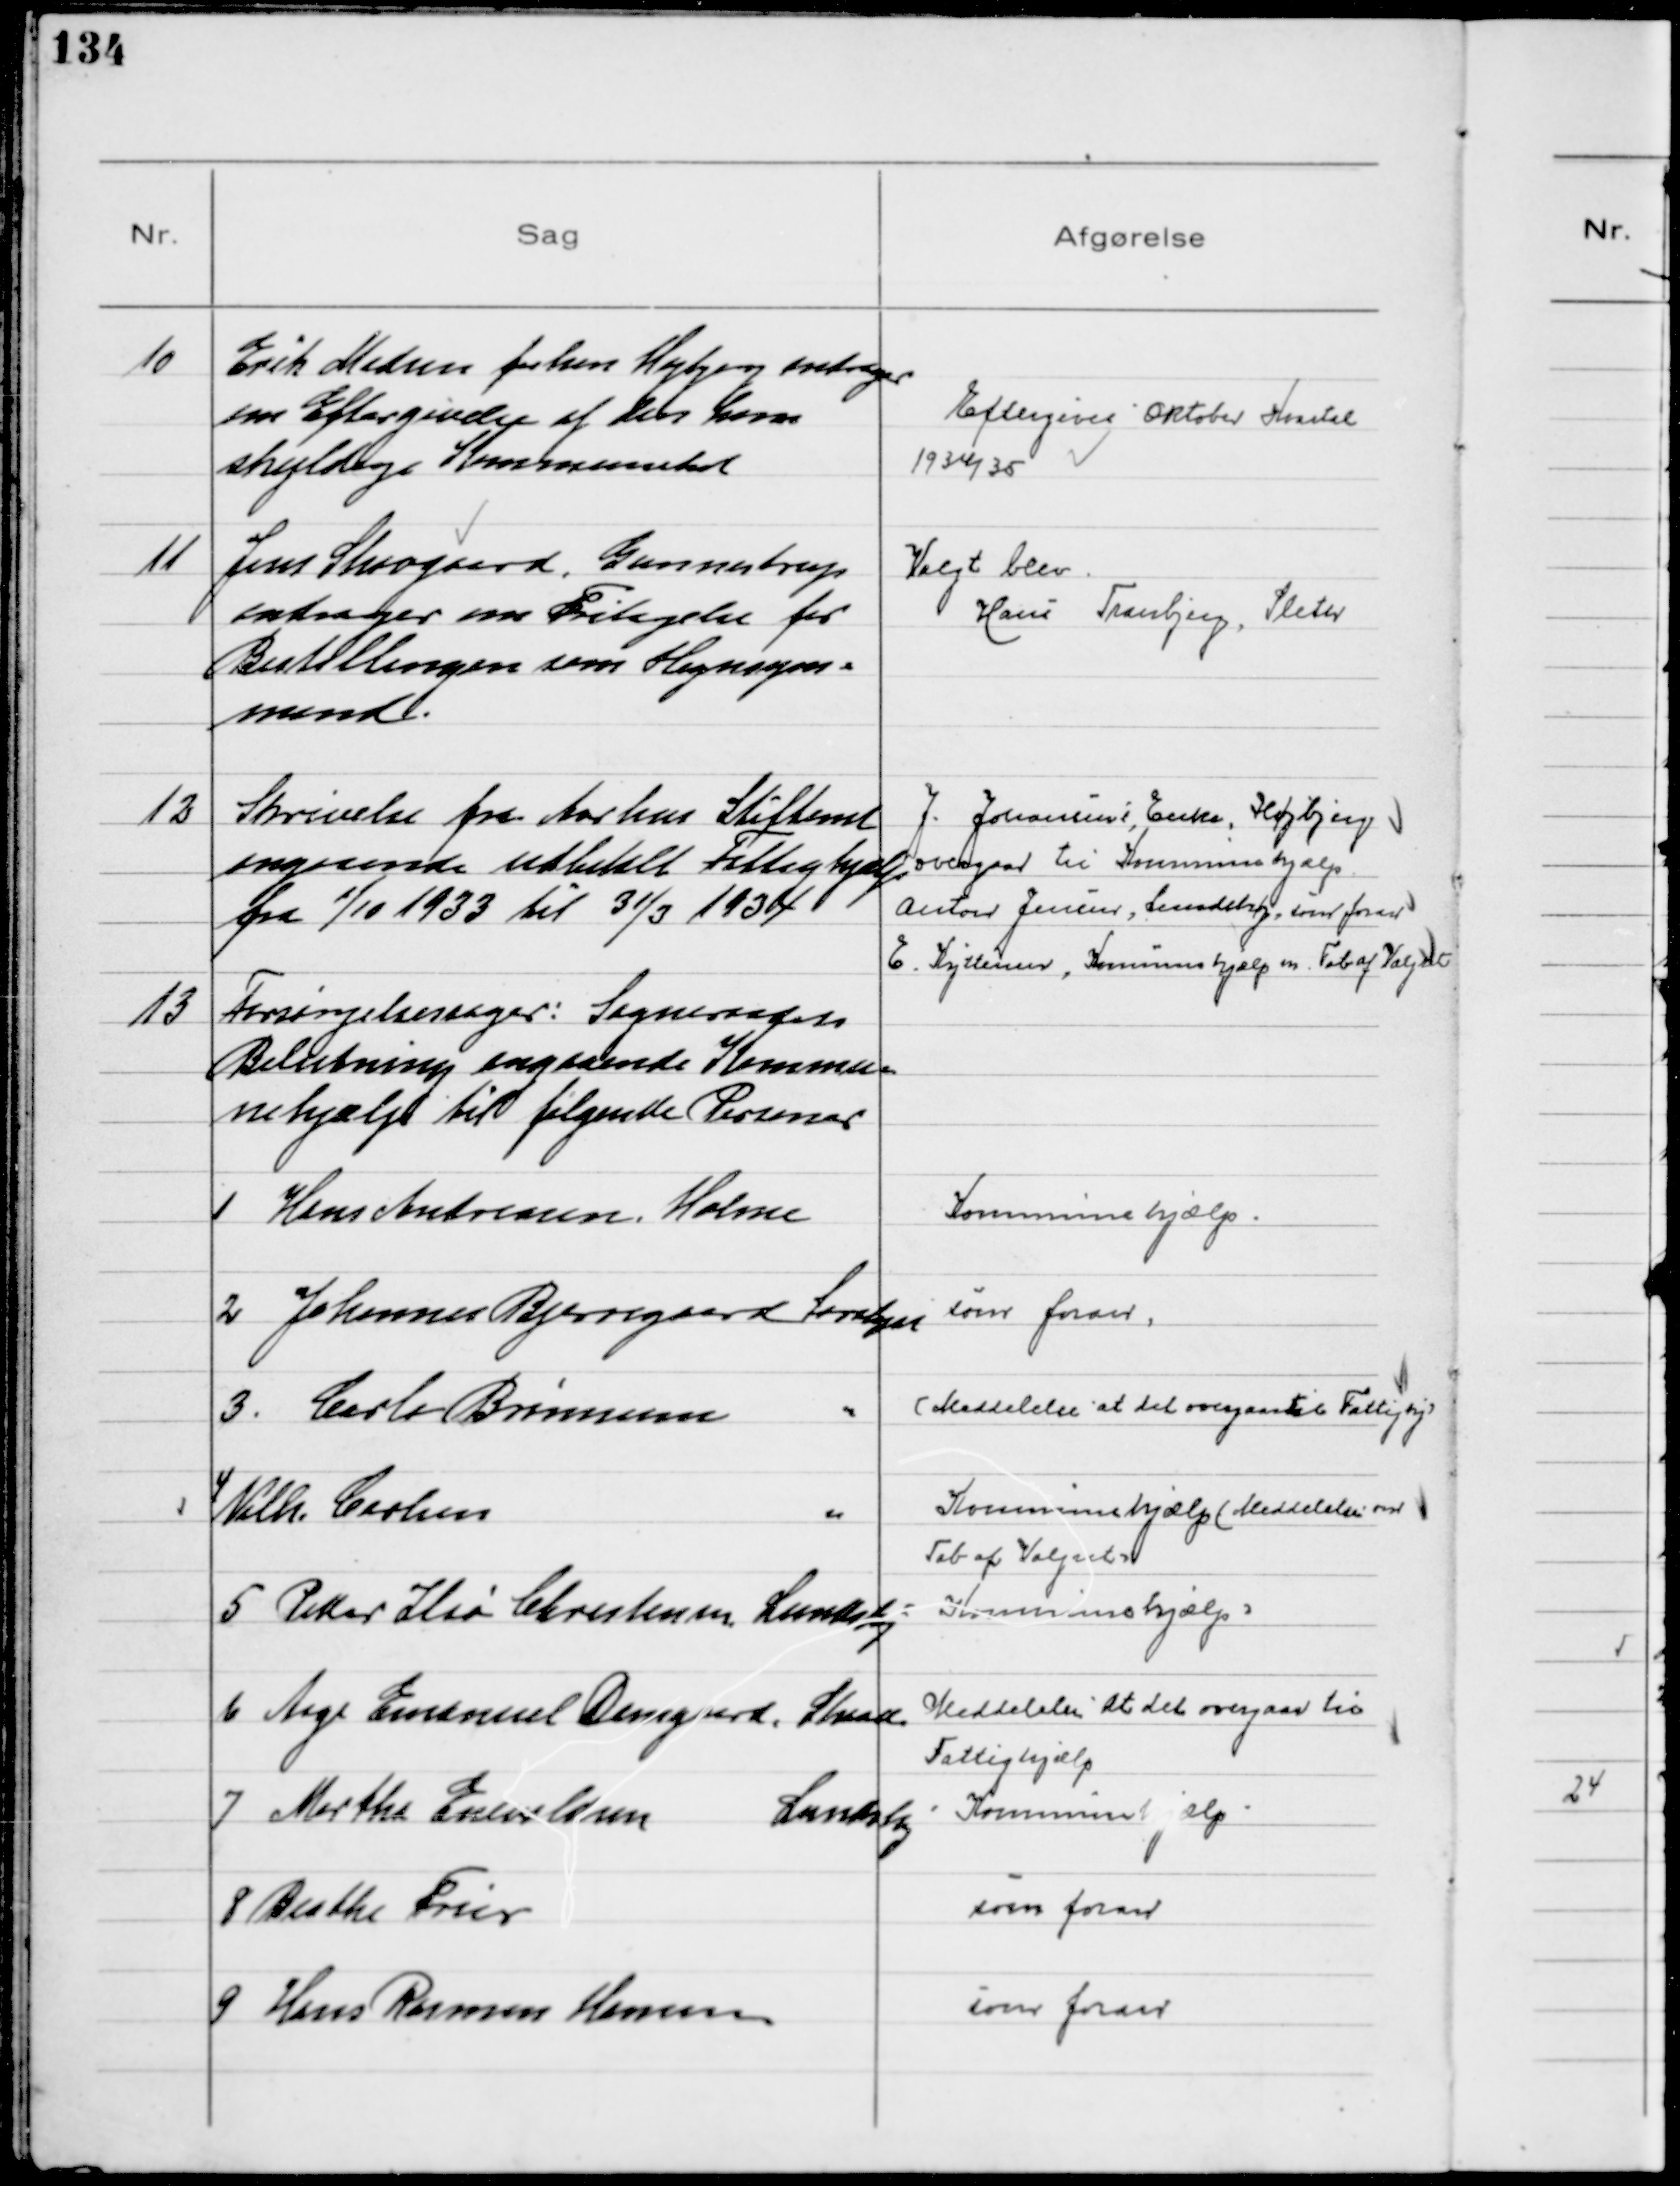
Transskription:
10
Erik Madsen forhen Højbjerg andrager
om Eftergivelse af den ham
skyldige Kommuneskat

Eftergives Oktober Kvartal
1934/35

11
Jens Skovgaard, Gunnestrup
andrager om Fritagelse for
Bestillingen som Hegnsyns=
mand.

Valgt blev
Hans Tranbjerg, Sleth

12
Skrivelse fra Aarhus Stiftamt
angaaende udbetalt Fattighjælp
fra 1/10 1933 til 31/3 1934
J. Johansens, Enke, Højbjerg
overgaar til Kommunehjælp.
Anton Jensen, Lundshøj, som foran
E. Kyttenen, Kommunehjælp m. Tab af Valgret

13
Forsørgelsessager: Sogneraadets
Beslutning angaaende Kommu=
nehjælp til følgende Personer

1 Hans Andreasen, Holme

Kommunehjælp

2 Johannes Bjerregaard Saralyst

som foran

3. Carlo Brinnesen

(Meddelelse at det overgaar til Fattighj)

4
Vilh. Carlsen

Kommunehjælp (Meddelelse om
Tab af Valgret)

5 Peder Ilsø Christensen Lundshøj

Kommunehjælp

6 Aage Emanuel Damgaard, Skaade

Meddelelse at det overgaar til
Fattighjælp

7 Martha Enevoldsen Lundshøj

Kommunehjælp

8 Birthe Frier

som foran

9 Hans Rasmus Hansen

som foran